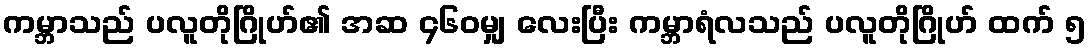
ကမ္ဘာသည် ပလူတိုဂြိုဟ်၏ အဆ ၄၆၀မျှ လေးပြီး ကမ္ဘာရံလသည် ပလူတိုဂြိုဟ် ထက် ၅